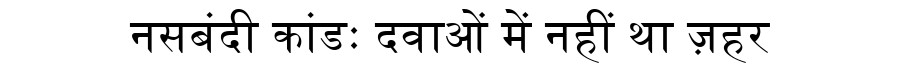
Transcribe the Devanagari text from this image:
नसबंदी कांडः दवाओं में नहीं था ज़हर